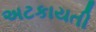
અટકાયતી